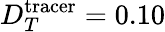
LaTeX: D_{T}^{\mathrm{tracer}}=0.10